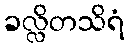
ခလ္လိတသိရံ